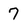
Character: 7